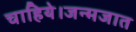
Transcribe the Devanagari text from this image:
चाहिये।जन्मजात